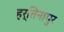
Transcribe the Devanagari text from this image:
हर्तिनापुर